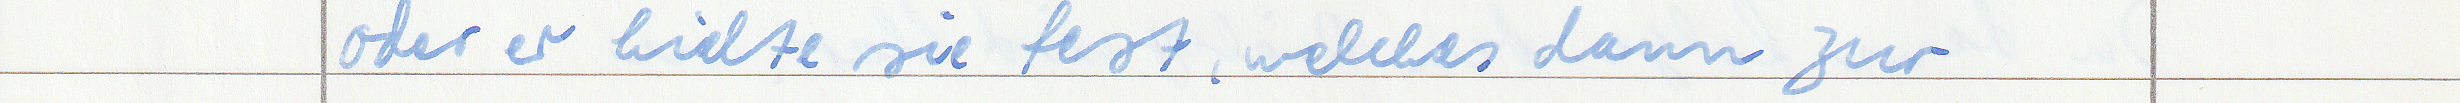
oder er hielte sie fest, welches dann zur